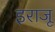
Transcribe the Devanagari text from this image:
इराजू